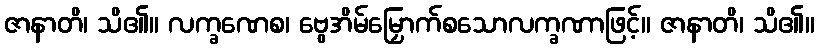
ဇာနာတိ၊ သိ၏။ လက္ခဏေစ၊ ဗွေအိမ်မြှောက်စသောလက္ခဏာဖြင့်။ ဇာနာတိ၊ သိ၏။